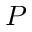
P